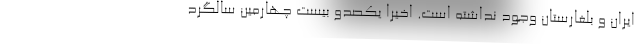
ایران و بلغارستان وجود نداشته است. اخیراً یکصدو بیست چهارمین سالگرد